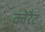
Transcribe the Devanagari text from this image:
क्वेरैट